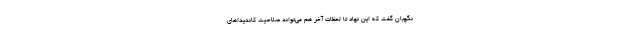
نگهبان گفت که این نهاد تا لحظات آخر هم می‌تواند صلاحیت کاندیداهای